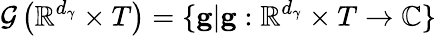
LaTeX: \mathcal{G}\left(\mathbb{R}^{d_{\gamma}}\times T\right)=\{ \mathbf{g}\vert\mathbf{g}:\mathbb{R}^{d_{\gamma}}\times T\rightarrow\mathbb{C}\}